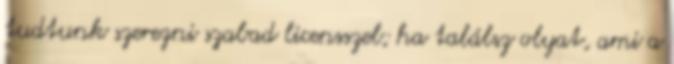
tudtunk szerezni szabad licensszel; ha találsz olyat, ami a